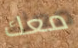
معك